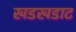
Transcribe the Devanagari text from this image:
खडखडाट